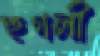
হুগলী